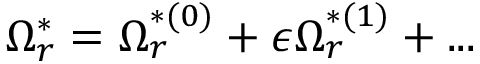
\Omega _ { r } ^ { * } = \Omega _ { r } ^ { * ( 0 ) } + \epsilon \Omega _ { r } ^ { * ( 1 ) } + . . .